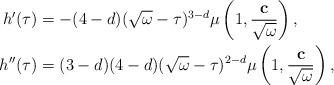
LaTeX: \begin{align*}h'(\tau)&=-(4-d)(\sqrt{\omega}-\tau)^{3-d}\mu \left(1,\frac{\mathbf{c}}{\sqrt{\omega}}\right),\\h''(\tau)&=(3-d)(4-d)(\sqrt{\omega}-\tau)^{2-d}\mu \left(1,\frac{\mathbf{c}}{\sqrt{\omega}}\right),\end{align*}